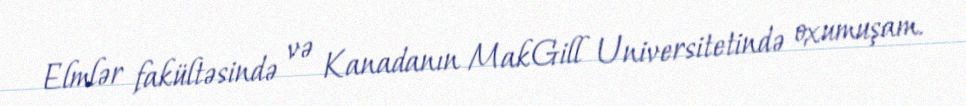
Elmlər fakültəsində və Kanadanın MakGill Universitetində oxumuşam.